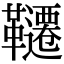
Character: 韆